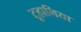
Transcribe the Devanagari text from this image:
टूहानिया